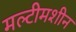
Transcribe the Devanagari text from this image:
मल्टीमशीन